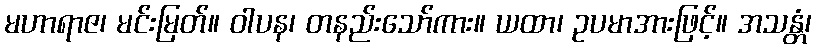
မဟာရာဇ၊ မင်းမြတ်။ ဝါပန၊ တနည်းသော်ကား။ ယထာ၊ ဥပမာအားဖြင့်။ အသန္တံ၊